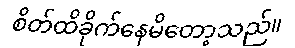
စိတ်ထိခိုက်နေမိတော့သည်။